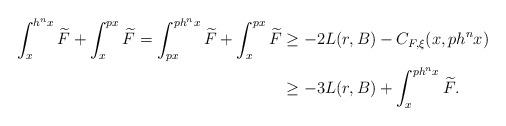
LaTeX: \begin{align*}\int_x^{h^nx}\widetilde{F}+\int_x^{p x}\widetilde{F}= \int_{px}^{p h^nx}\widetilde{F}+\int_x^{p x}\widetilde{F} &\ge -2L(r,B)-C_{F,\xi}(x,p h^nx)\\&\ge -3L(r,B)+\int_x^{p h^nx}\widetilde{F}.\end{align*}